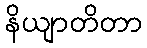
နိယျာတိတာ